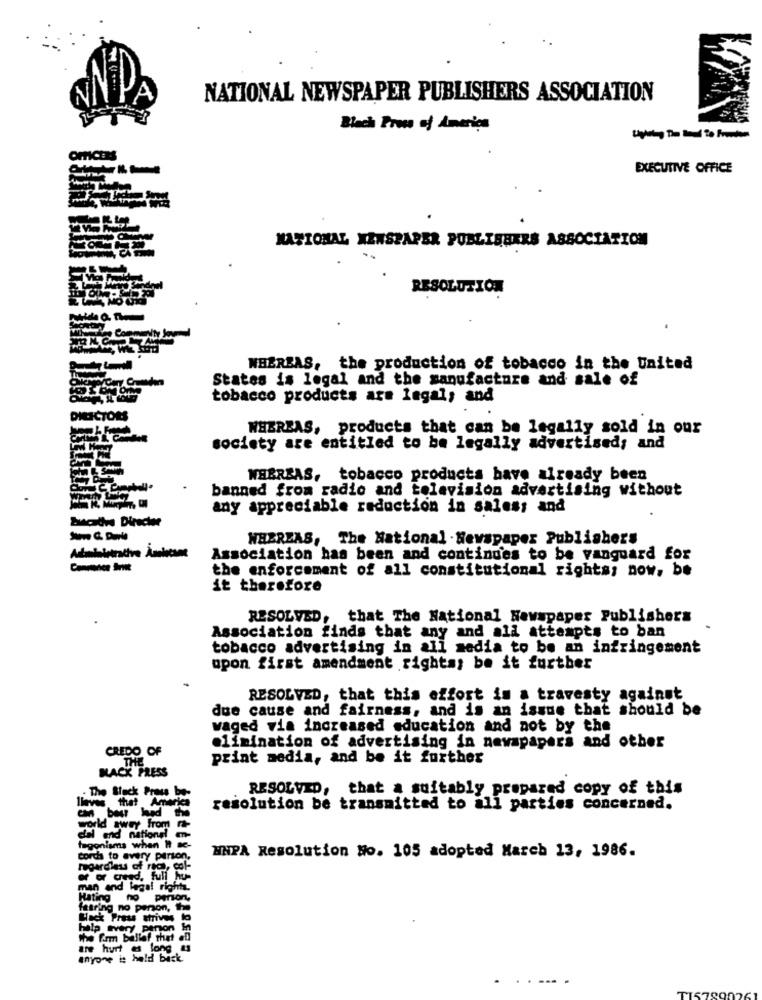
A
NATIONAL NEWSPAPER PUBLISHERS ASSOCIATION
Blach Pross of America
OFFICEM
EXECUTIVE OFFICE
NATIONAL NEWSPAPER PUBLISHERS ASSOCIATION
RESOLUTION
WHEREAS, the production of tobacco in the United
States is legal and the manufacture and sale of
tobacco products are legal, and
DIRECTORS
WHEREAS, products that can be legally sold in our
society are entitled to be legally advertised; and
WHEREAS, tobacco products have already been
banned from radio and television advertising without
any appreciable reduction in saless and
WHEREAS, The National . Newspaper Publishers
Adımlaletrache Asele
Association has been and continues to be vanguard for
the enforcement of all constitutional rights; now, be
it therefore
RESOLVED, that The National Newspaper Publishers
Association finds that any and all attempts to ban
tobacco advertising in all media to be an infringement
upon first amendment rights; be it further
RESOLVED, that this effort in a travesty against
due cause and fairness, and is an issue that should be
waged via increased education and not by the
CREDO OF
elimination of advertising in newspapers and other
print media, and be it further
THE
BACK PRESS
- The Black Prous be-
RESOLVED, that a suitably prepared copy of this
llaves that Amaris
can beur lead
resolution be transmitted to all parties concerned.
world away from r-
dal and nations! mn-
tegonisms when H se-
HNPA Resolution No. 105 adopted March 13, 1986.
corch to every person,
regardless of rece, col-
of or ated, full hu-
In and legal rights.
Hating no perion,
fearing no person, the
strives
help every penon In
the farm ballof that of
tre hurt a long
long
anyone is hold back